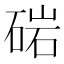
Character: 𮵓